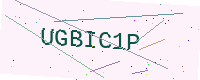
Text: UGBIC1P